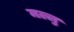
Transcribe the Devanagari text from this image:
मल्लु